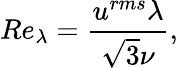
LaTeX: Re_{\lambda}=\frac{u^{rms}\lambda}{\sqrt{3}\nu},